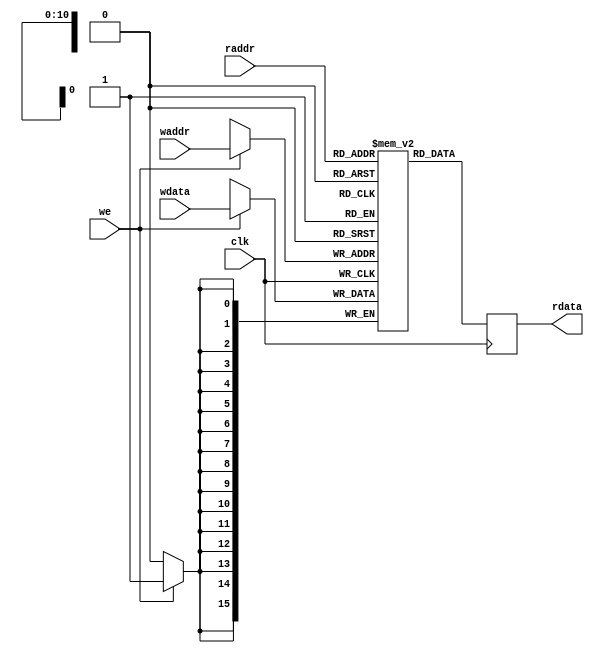
module dualPort1536x16(clk,we,waddr,raddr,wdata,rdata);

  input clk;			// RAM clock.
  input we;			// active high write enable
  input [10:0] waddr;		// 11-bit write enable (0 thru 1525)
  input [10:0] raddr;		// 11-bit read enable (0 thru 1525)
  input [15:0] wdata;		// data to write
  output reg [15:0] rdata;	// data being read

  reg [15:0] mem [1535:0];

  always @(posedge clk) begin
    if (we)
      mem[waddr] <= wdata;
    rdata <= mem[raddr];
  end

endmodule